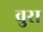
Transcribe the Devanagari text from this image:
वुरा